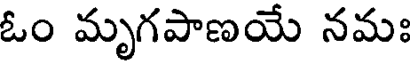
ఓం మృగపాణయే నమః